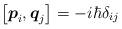
LaTeX: \begin{align*}\left[ {\mbox{\boldmath{$p$}}}_i, {\mbox{\boldmath{$q$}}}_j\right]=-i \hbar \delta_{ij}\end{align*}